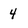
Character: 4